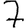
Digit: 7